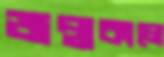
জন্মকালে